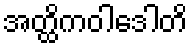
အတ္ထိကဝါဒေါတိ